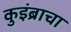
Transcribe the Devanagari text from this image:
कुइंब्राचा